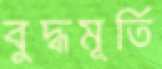
বুদ্ধমূর্তি